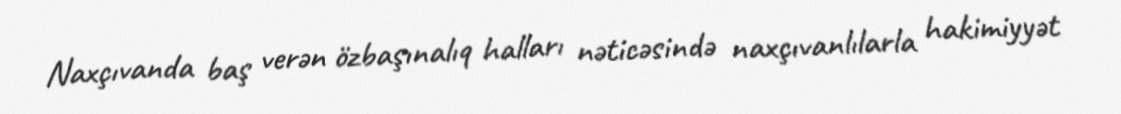
Naxçıvanda baş verən özbaşınalıq halları nəticəsində naxçıvanlılarla hakimiyyət